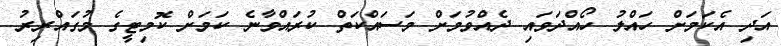
އަދި އެކަމަށް ހައްލު ހޯއްދަވައި ދެއްވުމަށް މަސައްކަތް ކުރައްވާނެ ކަމަށް ކޮމިޓީގެ މުގައްރިރު